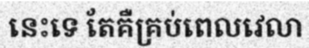
នេះទេ តែគឺគ្រប់ពេលវេលា